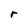
Character: r